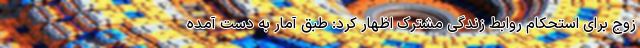
زوج برای استحکام روابط زندگی مشترک اظهار کرد: طبق آمار به دست آمده